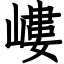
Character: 嶁